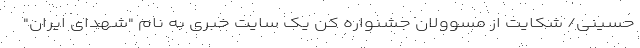
حسینی/ شکایت از مسوولان جشنواره کن یک سایت خبری به نام "شهدای ایران"